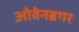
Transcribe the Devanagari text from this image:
ओवेनब्रगर